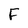
Character: F